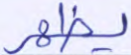
يظهر